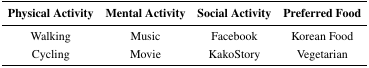
<table><thead><tr><td><b>Physical Activity</b></td><td><b>Mental Activity</b></td><td><b>Social Activity</b></td><td><b>Preferred Food</b></td></tr></thead><tbody><tr><td>Walking</td><td>Music</td><td>Facebook</td><td>Korean Food</td></tr><tr><td>Cycling</td><td>Movie</td><td>KakoStory</td><td>Vegetarian</td></tr></tbody></table>